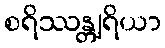
စရိဿန္တျရိယာ